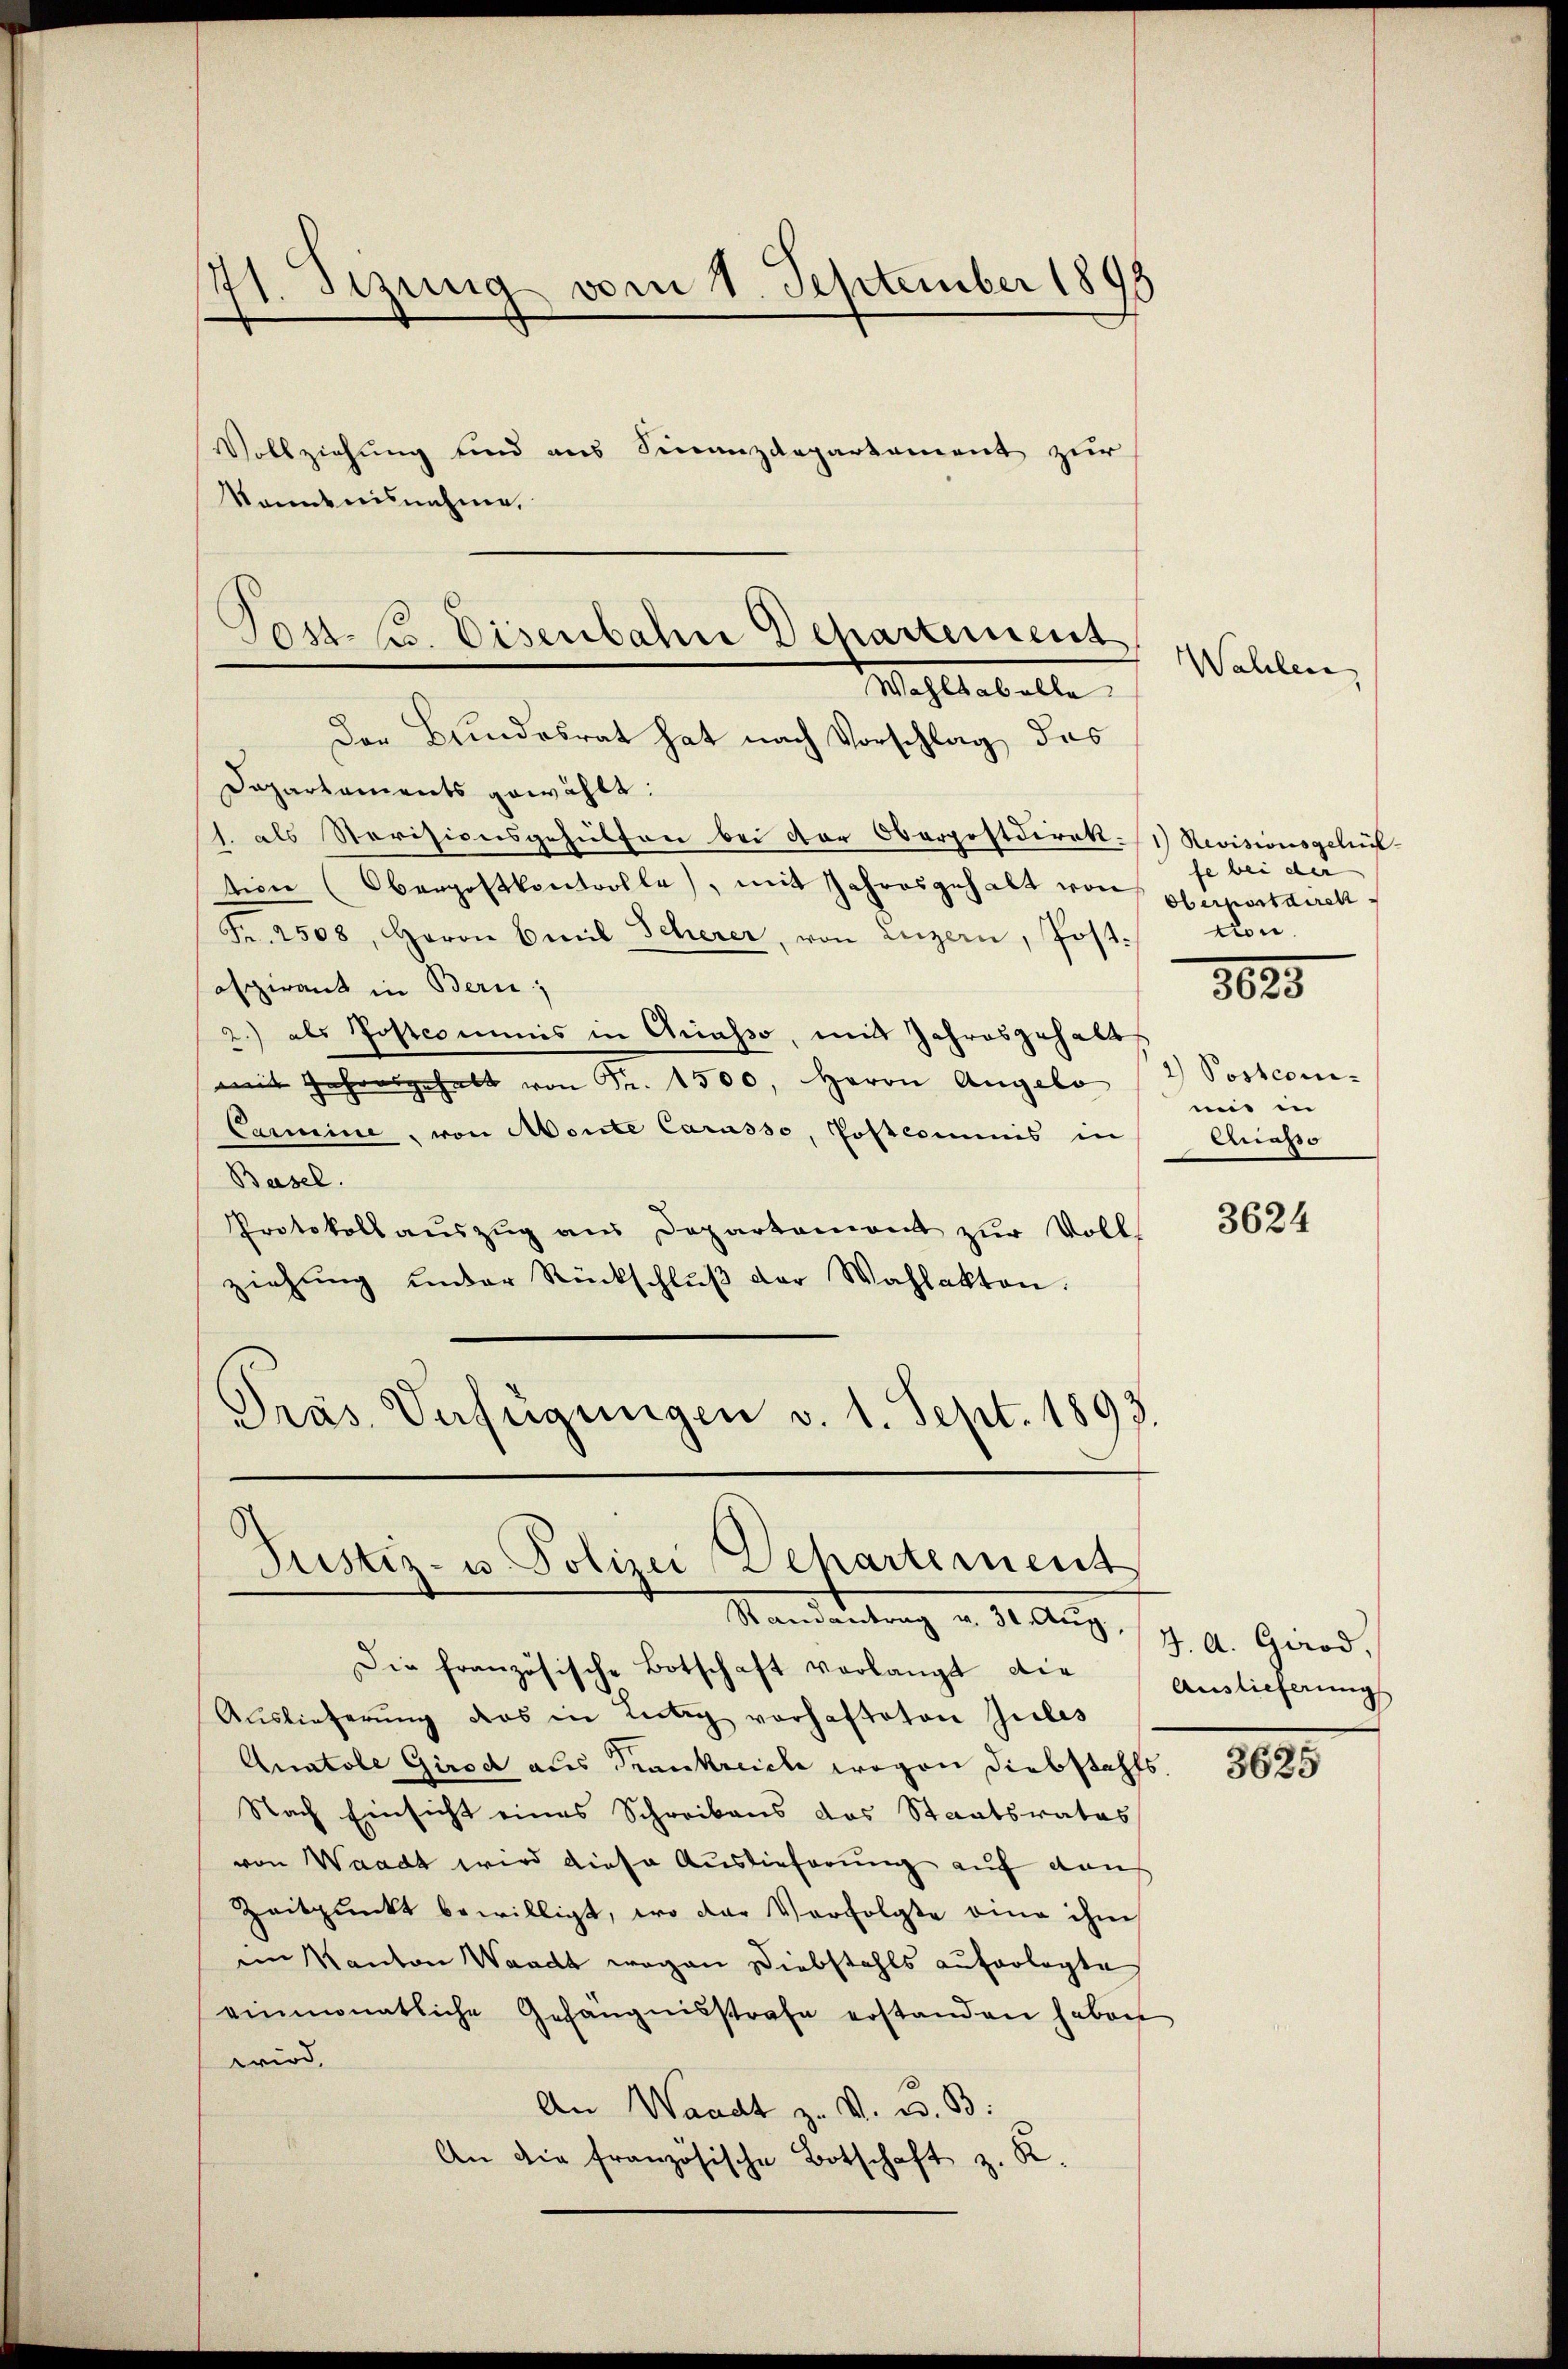
71. Sizung vom 1. September 1893

Vollziehung sind aus Finanzdepartement zur
kanntnisnahme,

Der Bundesrat hat nach Vorschlag, das
Departaments gewählt:
h. als Revisionsgehülfen bei der Oberpostdirekt. 1) Revisionsgeleit
tion (Obergostkontrolle, mit Jahresgehalt von Serpostdirek
Fr. 2508, Herrn Emil Scherer, von Luzern, Post-
ofgirant in Bern,
2.) als Postcommis in Chiasso, mit Jahresgehalts
mit Jahresgehalt von Fr. 1500. Herrn Angelo
Carmine, von Monte Carasso, Postcommis in
Basel.
Protokollauszug aus Departament zur Voll
ziehŭng under Rückschlŭβ der Wahlakten.
Präs. Verfügungen v. 1. Sept. 1893.

Post. Zu Disenbahn Departement
Wahlsaballa

Justiz- u. Polizei Dehartement

Mandantung a. 0. Aug. 17. A. Gerad
Die französische Botschaft verlangt die Auslieferungs
Auslieferung des in Lütig vorhafteten Gutes
Anatole Girod aus Trankreiche wegen Diebstahls
Nach Einsicht eines Schreibens das Staatsrates
von Waadt wird diese Auslieferung auf dan
Zeitpunkt bewilligt, wo der Verfolgte eine ihm
ein Kanton Waadt wegen Diebstahls auferlegte
einmonatliche Gefängnisstrafe erstanden haben
wird.
An Waadt z. v. u. B.
An die französische Botschaft z. K.

Wahlen

fe bei der
von.
1025

2) Postcommi in
Crasso

3624

1015